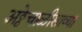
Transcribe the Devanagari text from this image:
अठ्ठेचाळीसाव्या